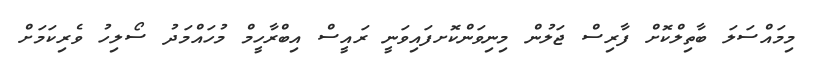
މިމައްސަލަ ބާތިލްކޮށް ފާރިސް ޖަލުން މިނިވަންކޮށފައިވަނީ ރައީސް އިބްރާހީމް މުހައްމަދު ސޯލިހު ވެރިކަމަށް